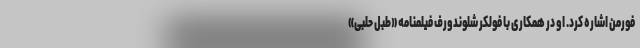
فورمن اشاره کرد. او در همکاری با فولکر شلوندورف فیلمنامه «طبل حلبی»